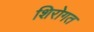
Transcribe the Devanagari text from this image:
शिरोगत